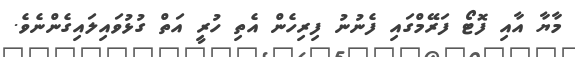
މާޔާ އާއި ފޮޓޯ ފަރޭމްގައި ފެނުނު ފިރިހެން އެތި ހުރިީ އަތް ގުޅުވައިލައިގެންނެވެ.